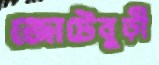
জোটেবুড়ী